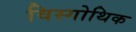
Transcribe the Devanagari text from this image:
विस्गोथिक